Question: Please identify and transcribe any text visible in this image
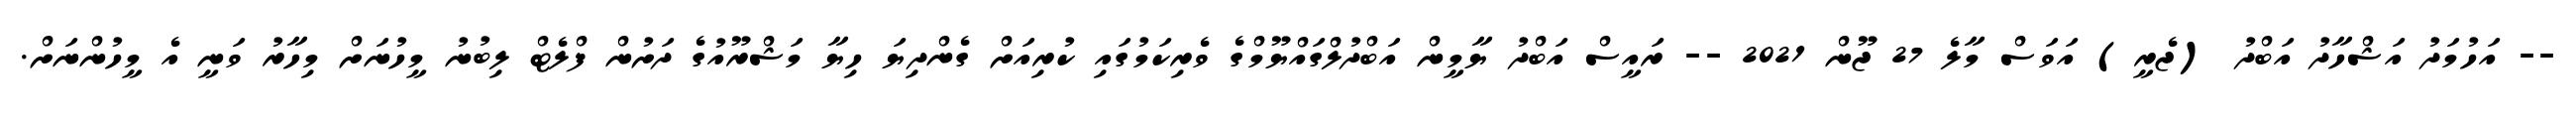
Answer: -- އަހުމަދު އަޝްހާދު އަބްދު (ޖެރީ) އަވަސް މާލެ 27 ޖޫން 2021 -- ރައީސް އަބްދު ޔާމީން އަބްދުލްގައްޔޫމްގެ ވެރިކަމުގައި ކުރިއަށް ގެންދިޔަ ހިޔާ މަޝްރޫއުގެ ދަށުން ފްލެޓް ލިބުނު މީހުނަށް މިހާރު ވަނީ އެ މީހުންނަށް.